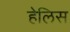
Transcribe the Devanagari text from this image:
हेलिस